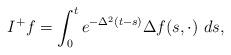
LaTeX: \begin{align*}I^{+}f=\int_{0}^{t}e^{-\Delta^{2}(t-s)}\Delta f(s,\cdot)\ ds,\end{align*}